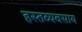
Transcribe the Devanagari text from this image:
हस्तव्यवसाय